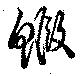
鰕